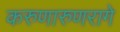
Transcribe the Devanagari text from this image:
करुणारुणरागे